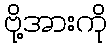
ဗို့အားကို